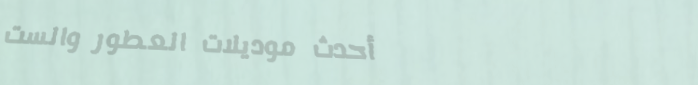
أحدث موديلات العطور والست